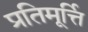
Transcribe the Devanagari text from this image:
प्रतिमूर्त्ति